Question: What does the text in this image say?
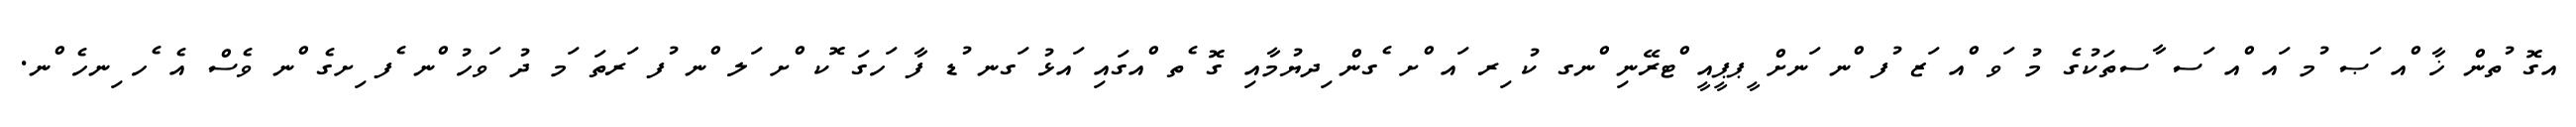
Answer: އގޮ ުތން ޚާ ްއ ަޞ ުމ ައ ްއ ަސ ާސތަކުގެ މު ަވ ްއ ަޒ ުފ ްނ ަނށް ީޕޕީއީ ްޓރޭނި ްނގ ކު ިރ ައ ްށ ެގން ިދޔުމާއި ގޮ ެތ ްއގައި ައޅު ަގނ ުޑ ފާ ަހގަ ޮކ ްށ ަލ ްނ ުފ ަރތަ ަމ ދު ަވހު ްނ ެފ ިށގެ ްނ ވެސް އެ ެހ ިނހެ ްނ.